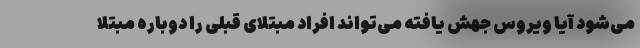
می‌شود آیا ویروس جهش یافته می‌تواند افراد مبتلای قبلی را دوباره مبتلا